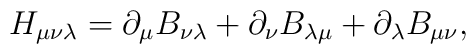
H_{\mu \nu \lambda} = \partial_\mu B_{\nu \lambda} + \partial_\nu B_{\lambda \mu} + \partial_\lambda B_{\mu \nu},